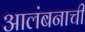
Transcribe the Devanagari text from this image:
आलंबनाची